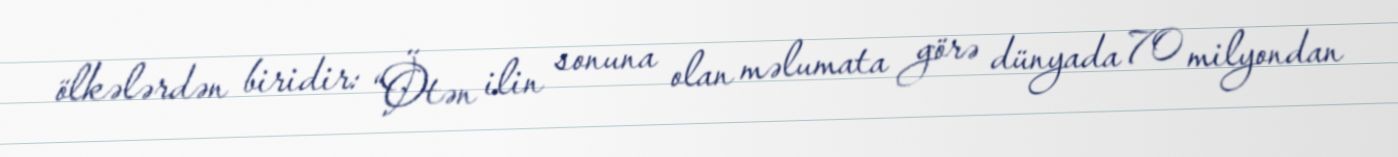
ölkələrdən biridir: “Ötən ilin sonuna olan məlumata görə dünyada 70 milyondan